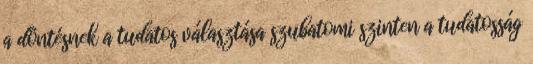
a döntésnek a tudatos választása szubatomi szinten a tudatosság